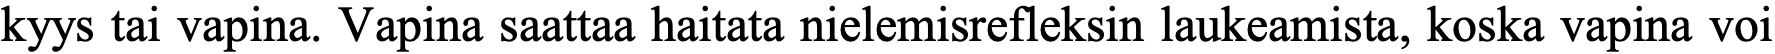
kyys tai vapina. Vapina saattaa haitata nielemisrefleksin laukeamista, koska vapina voi